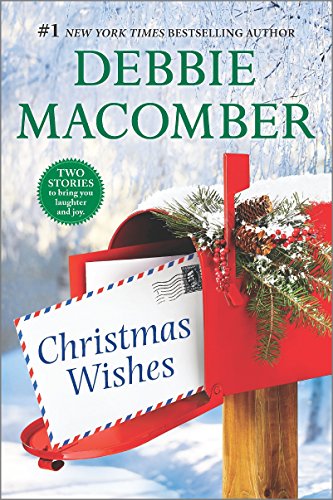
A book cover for Christmas Wishes: Christmas Letters\Rainy Day Kisses (A Blossom Street Novel); Debbie Macomber; Romance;